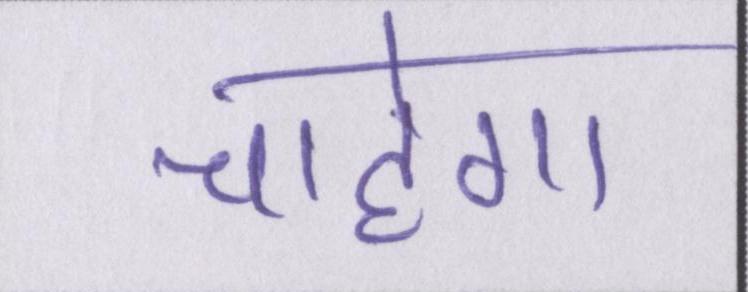
चाहेगा